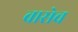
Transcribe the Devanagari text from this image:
वासेच